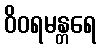
ဝိဝရမန္တရေ